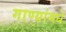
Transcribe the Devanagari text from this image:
गाण्यांमधे